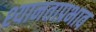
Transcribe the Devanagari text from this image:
श्यानताप्रभाव